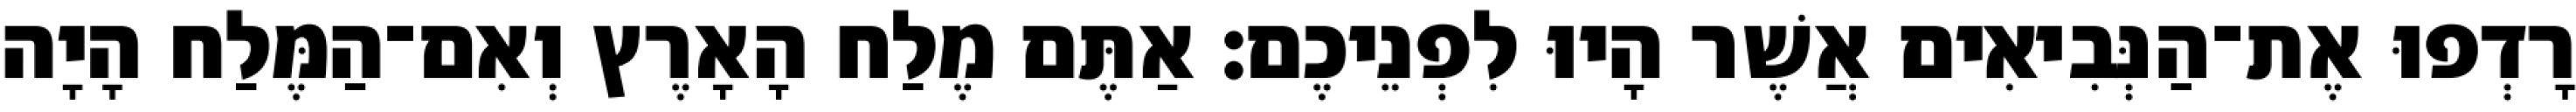
רָדְפוּ אֶת־הַנְּבִיאִים אֲשֶׁר הָיוּ לִפְנֵיכֶם׃ אַתֶּם מֶלַח הָאָרֶץ וְאִם־הַמֶּלַח הָיָה